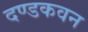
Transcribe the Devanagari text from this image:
दण्डकवन